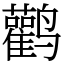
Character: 鹳